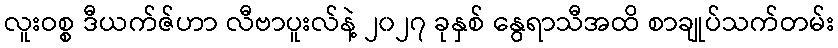
လူးဝစ္စ ဒီယက်ဇ်ဟာ လီဗာပူးလ်နဲ့ ၂၀၂၇ ခုနှစ် နွေရာသီအထိ စာချုပ်သက်တမ်း